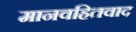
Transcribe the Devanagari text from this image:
मानवहितवाद